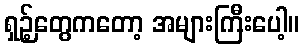
ရှဉ့်တွေကတော့ အများကြီးပေါ့။